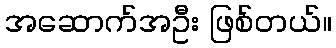
အဆောက်အဦး ဖြစ်တယ်။